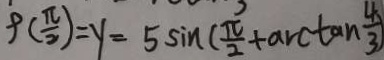
9 ( \frac { \pi } { 2 } ) = y = 5 \sin ( \frac { \pi } { 2 } + \arctan \frac { 4 } { 3 } )